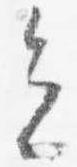
会